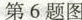
第6题图